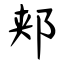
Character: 郏